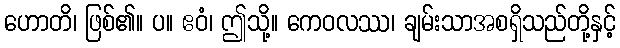
ဟောတိ၊ ဖြစ်၏။ ပ။ ဧဝံ၊ ဤသို့။ ကေဝလဿ၊ ချမ်းသာအစရှိသည်တို့နှင့်